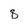
Character: 8